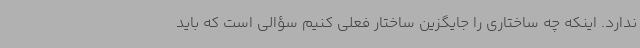
ندارد. اینکه چه ساختاری را جایگزین ساختار فعلی کنیم سؤالی است که باید